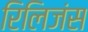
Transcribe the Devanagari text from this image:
रिलिजंस